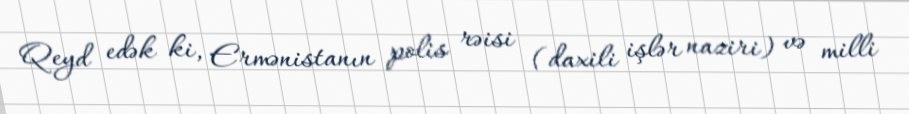
Qeyd edək ki, Ermənistanın polis rəisi (daxili işlər naziri) və milli